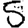
Digit: 5